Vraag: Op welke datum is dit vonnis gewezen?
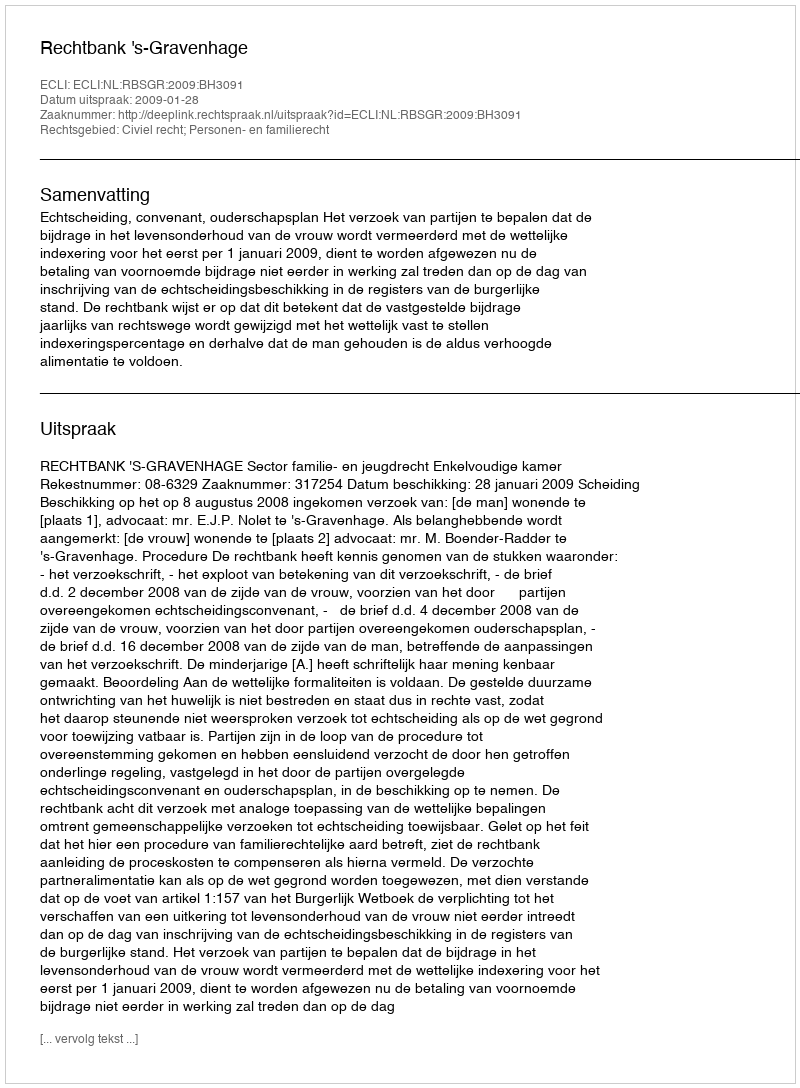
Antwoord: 2009-01-28